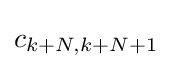
c_{k+N,k+N+1}